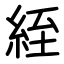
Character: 絰